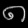
Digit: ၈